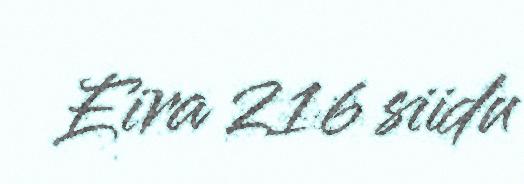
Eira 216 siidu